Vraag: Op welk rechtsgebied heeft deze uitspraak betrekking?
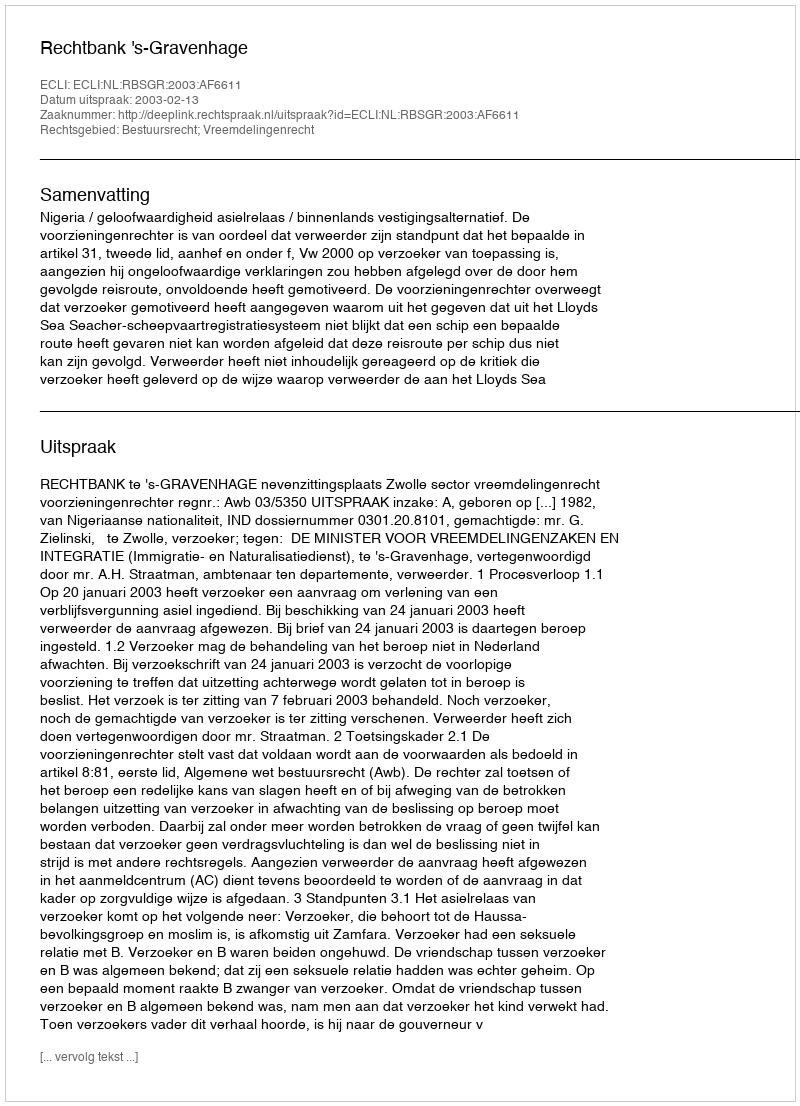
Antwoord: Bestuursrecht; Vreemdelingenrecht